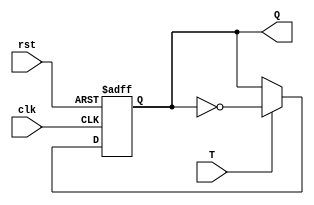
`timescale 1ns / 1ps
//////////////////////////////////////////////////////////////////////////////////
// Company: 
// Engineer: 
// 
// Design Name: 
// Module Name: test1
// Project Name: 
// Target Devices: 
// Tool Versions: 
// Description: 
// 
// Dependencies: 
// 
// Revision:
// Revision 0.01 - File Created
// Additional Comments:
// 
//////////////////////////////////////////////////////////////////////////////////


module test1(
input T, clk, rst,
output reg Q
    );

always @(posedge clk or negedge rst)
begin
    if(!rst)
        Q <= 1'b0;
    else if(T)
        Q <= ~Q;
end
endmodule